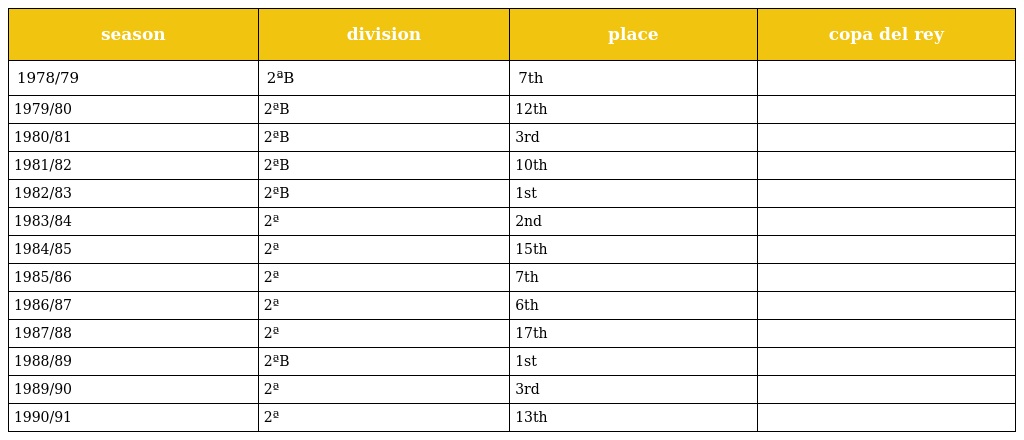
| season | division | place | copa del rey |
 | --- | --- | --- | --- |
 | 1978/79 | 2ªB | 7th |  |
 | 1979/80 | 2ªB | 12th |  |
 | 1980/81 | 2ªB | 3rd |  |
 | 1981/82 | 2ªB | 10th |  |
 | 1982/83 | 2ªB | 1st |  |
 | 1983/84 | 2ª | 2nd |  |
 | 1984/85 | 2ª | 15th |  |
 | 1985/86 | 2ª | 7th |  |
 | 1986/87 | 2ª | 6th |  |
 | 1987/88 | 2ª | 17th |  |
 | 1988/89 | 2ªB | 1st |  |
 | 1989/90 | 2ª | 3rd |  |
 | 1990/91 | 2ª | 13th |  |